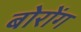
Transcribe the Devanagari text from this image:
बोरोंग